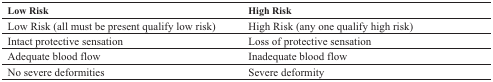
<table><thead><tr><td><b>Low Risk</b></td><td><b>High Risk </b></td></tr></thead><tbody><tr><td>Low Risk (all must be present qualify low risk)</td><td>High Risk (any one qualify high risk)</td></tr><tr><td>Intact protective sensation</td><td>Loss of protective sensation</td></tr><tr><td>Adequate blood flow</td><td>Inadequate blood flow</td></tr><tr><td>No severe deformities</td><td>Severe deformity </td></tr></tbody></table>